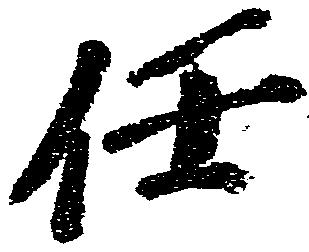
任